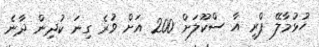
ހުޅުމާލޭ ޕްރީ އާ ސްކޫލަށް 200 އަށް ވުރެ ގިނަ ކުދިން ދާނެ